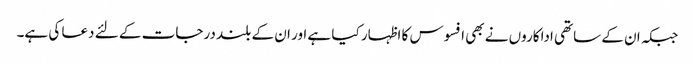
جبکہ ان کے ساتھی اداکاروں نے بھی افسوس کا اظہار کیا ہے اور ان کے بلند درجات کے لئے دعا کی ہے۔